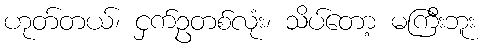
ဟုတ်တယ်၊ ငှက်ဥတစ်လုံး၊ သိပ်တော့ မကြီးဘူး